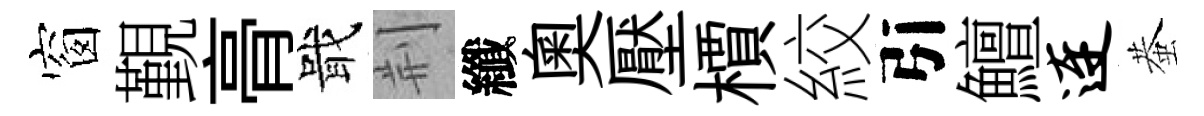
窗覲𮌔戢荆纖奥壓檟絞引鱣连蛬